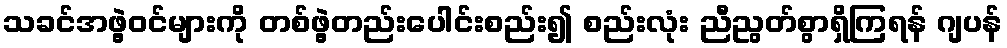
သခင်အဖွဲ့ဝင်များကို တစ်ဖွဲ့တည်းပေါင်းစည်း၍ စည်းလုံး ညီညွတ်စွာရှိကြရန် ဂျပန်